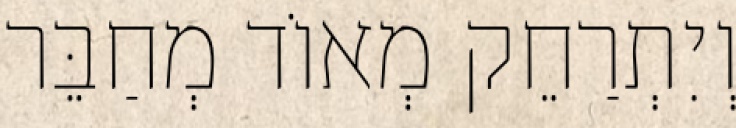
וְיִתְרַחֵק מְאוֹד מְחַבֵּר